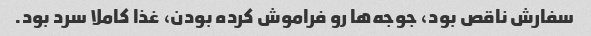
سفارش ناقص بود، جوجه‌ها رو فراموش کرده بودن، غذا کاملا سرد بود.